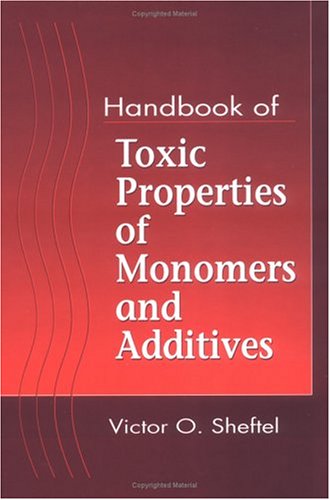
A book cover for Handbook of Toxic Properties of Monomers and Additives; Victor O. Sheftel; Medical Books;